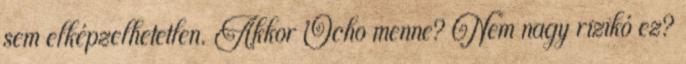
sem elképzelhetetlen. Akkor Ocho menne? Nem nagy rizikó ez?